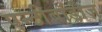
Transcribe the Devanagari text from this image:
एन्टीबॉडीज़